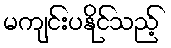
မကျင်းပနိုင်သည့်